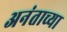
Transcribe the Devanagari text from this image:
अनंताच्या